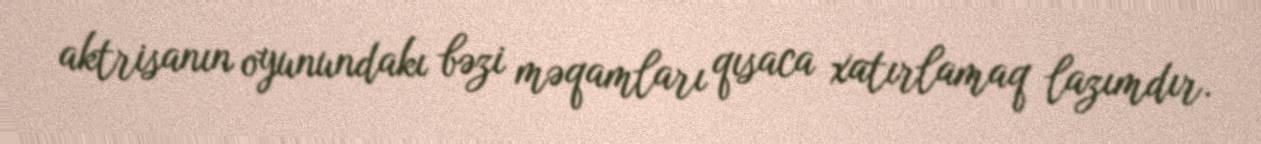
aktrisanın oyunundakı bəzi məqamları qısaca xatırlamaq lazımdır.